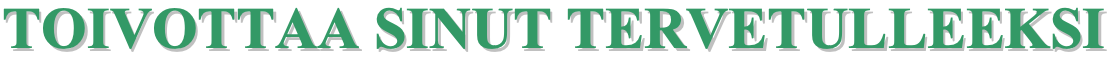
TTOOIIVVOOTTTTAAAA SSIINNUUTT TTEERRVVEETTUULLLLEEEEKKSSII